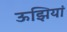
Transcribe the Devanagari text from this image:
ऊझियां